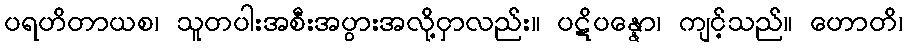
ပရဟိတာယစ၊ သူတပါးအစီးအပွားအလို့ငှာလည်း။ ပဋိပန္နော၊ ကျင့်သည်။ ဟောတိ၊